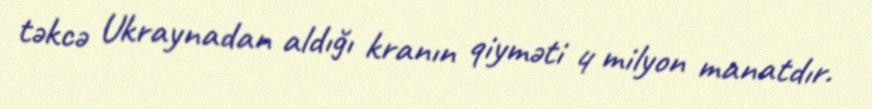
təkcə Ukraynadan aldığı kranın qiyməti 4 milyon manatdır.